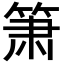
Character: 箫